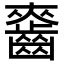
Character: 𪘘